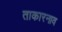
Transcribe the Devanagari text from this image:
ताकारनाव